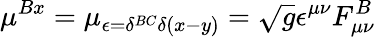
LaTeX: \mu^{Bx}=\mu_{\epsilon=\delta^{BC}\delta(x-y)}=\sqrt{g}\epsilon^{\mu\nu}F_{\mu\nu}^{B}